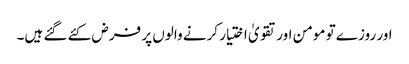
اور روزے تو مومن اور تقویٰ اختیار کرنے والوں پر فرض کئے گئے ہیں۔